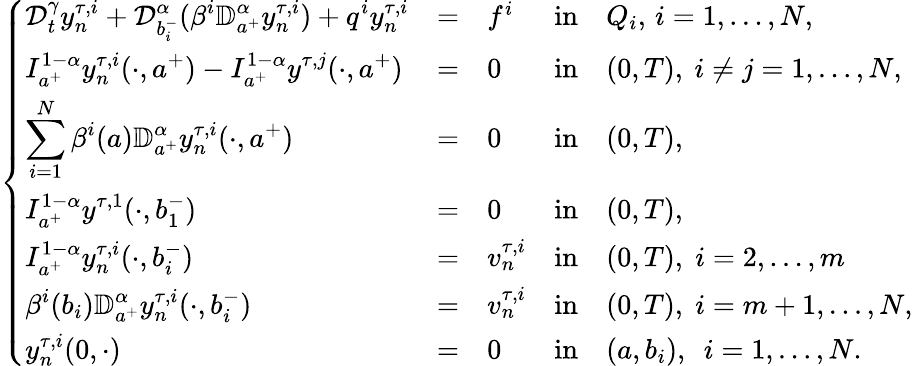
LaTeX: \left\{ \begin{array}{lllllllllllllllll}{\displaystyle{\mathcal D}_{t}^{\gamma}y_{n}^{\tau,i}+\mathcal{D}_{b_{i}^{-}}^{\alpha}(\beta^{i}\mathbb{D}_{a^{+}}^{\alpha}y_{n}^{\tau,i})+q^{i}y_{n}^{\tau,i}}&{=}&{f^{i}}&{\mathrm{in}}&{Q_{i},\, i=1,\dots,N,}\\ {\displaystyle I_{a^{+}}^{1-\alpha}y_{n}^{\tau,i}(\cdot,a^{+})-I_{a^{+}}^{1-\alpha}y^{\tau,j}(\cdot,a^{+})}&{=}&{0}&{\mathrm{in}}&{(0,T),~i\neq j=1,\dots,N,}\\ {\displaystyle\sum_{i=1}^{N}\beta^{i}(a)\mathbb{D}_{a^{+}}^{\alpha}y_{n}^{\tau,i}(\cdot,a^{+})}&{=}&{0}&{\mathrm{in}}&{(0,T),}\\ {\displaystyle I_{a^{+}}^{1-\alpha}y^{\tau,1}(\cdot,b_{1}^{-})}&{=}&{0}&{\mathrm{in}}&{(0,T),}\\ {\displaystyle I_{a^{+}}^{1-\alpha}y_{n}^{\tau,i}(\cdot,b_{i}^{-})}&{=}&{v_{n}^{\tau,i}}&{\mathrm{in}}&{(0,T),\; i=2,\dots,m}\\ {\displaystyle\beta^{i}(b_{i})\mathbb{D}_{a^{+}}^{\alpha}y_{n}^{\tau,i}(\cdot,b_{i}^{-})}&{=}&{v_{n}^{\tau,i}}&{\mathrm{in}}&{(0,T),\; i=m+1,\dots,N,}\\ {\displaystyle y_{n}^{\tau,i}(0,\cdot)}&{=}&{0}&{\mathrm{in}}&{(a,b_{i}),~~i=1,\dots,N.}\end{array}\right.